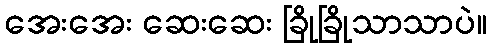
အေးအေး ဆေးဆေး ခြိုခြိုသာသာပဲ။